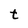
Character: t